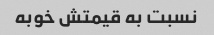
نسبت به قیمتش خوبه